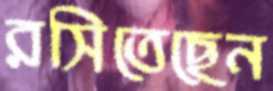
রসিতেছেন